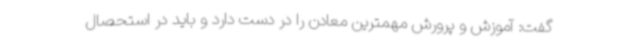
گفت: آموزش و پرورش مهمترین معادن را در دست دارد و باید در استحصال